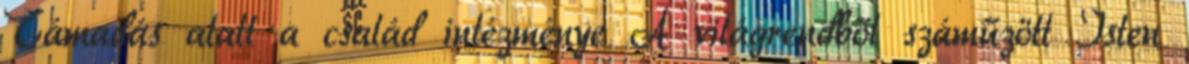
Támadás alatt a család intézménye A világrendből száműzött Isten